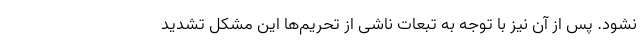
نشود. پس از آن نیز با توجه به تبعات ناشی از تحریم‌ها این مشکل تشدید